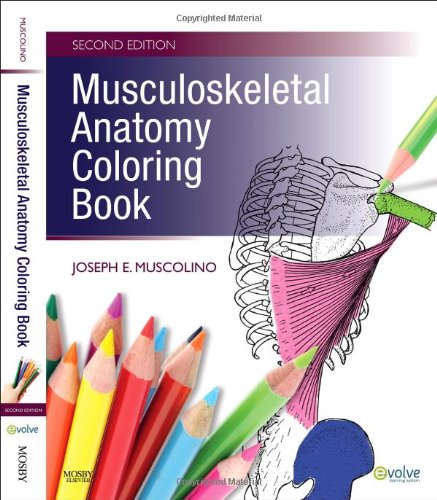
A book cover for Musculoskeletal Anatomy Coloring Book, 2e; Joseph E. Muscolino DC; Medical Books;